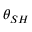
{ \theta } _ { S H }